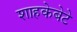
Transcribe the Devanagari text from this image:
शाहकेबेटे